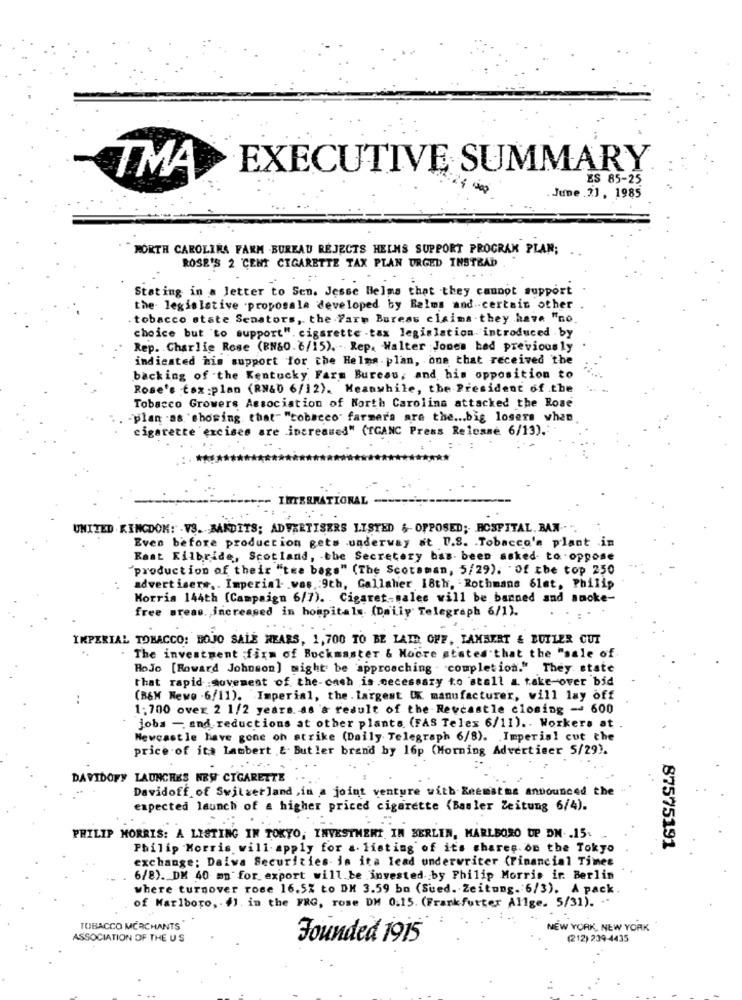
EXECUTIVE SUMMARY
TMA
ES 85-25
June .2.1 . 1985
NORTH CAROLINA FARM BUREAU REJECTS HELMS SUPPORT PROGRAM PLAN; ..
ROSE'S 2 CENT CIGARETTE TAX PLAN URGED INSTEAD
Stating in a letter to Sen. Jesse Helms that they cannot support
the legislative .proposala developed by Balms and certain other .
tobacco state Senators, the Pare Bureas claims . they have "no.
choice but to support". cigarette -tax legislation. introduced by
Rep. Charlie Rose (RN&0. 6/15). - Rep. Walter Jones bed previously
indicated his support for the Helma. plan, one that received the
backing of the Kentucky Farm Bureau, and his opposition to
Rose's fax :plan (RN&D 6/12). Meanwhile, the President of the
Tobacco Growers Association of North Carolina attacked the Rose
-plan .as "showing that" "tobacco farmers are the ... big losers when
cigarette excises are increases" (TGANC Press Release 6/13) ..
INTERNATIONAL
UNITED KINGDOM: - VS. BAKDITS; ADVERTISERS LISTED & OPPOSED; HOSPITAL. BAN ...
Even before production gets underway at U.S. . Tobacco's plant in
East Kilbride, Scotland, the Secretory has been asked to oppose
"production of their "tea bags" (The Scotsman, 5/29). Of the top 250
advertisers, . Imperial .was .: 9th, Gallaher 18th, Rothmans 61st, Philip
Morris 144th (Campaign 6/7). . Cigaret-sales will be banned and smoke-
free areas. increased in hospitals. (Daily Telegraph 6/1).
IMPERIAL TOBACCO: BOJO SALE HEARS, 1,700 TO BE LAID OFF, LAMBERT & BUTLER CUT
..
. The investment ;firm of Buckmaster & Moore states that the "sale of
HoJo [Howard Johnson] might be approaching - completion." They state
that rapid :movement of the-cash is .cecessary to stall a take-over bid
..
(B&W Newe - 6/11). Imperial, the . largest OK manufacturer, will lay off
1;700 over 2 1/2 years. as a result of the Revcastle closing - 600
jobs - and reductions at other plants (FAS Telex 6/11) .. Workers at
Newcastle have gone on strike (Daily Telegraph 6/8). . Imperial cut the
price of its lambert ,&. Butler brand by 16p (Morning Advertiser 5/29).
DAVIDOFY LAUNCHES NEW CIGARETTE
Davidoff of Switzerland ,in a joint venture with Enemathe announced the
expected launch of a higher priced cigarette (Basler Zeitung 6/4).
PHILIP MORRIS: A LISTING IN TOKYO, INVESTMENT IN BERLIN, MARLBORO UP DN -. 15.
Philip Morris will apply for a. listing of its shares. on the Tokyo
87575191
exchange: Daiwa Securities- is ita lead underwriter (Financial Times
6/8). DM 40 mn for export will be invested by Philip Morris ir Berlin
where turnover rose 16.5% to DM 3.59 ba (Sued. Zeitung. 6/3). A pack.
of Marlboro, - 1. in the FRG, rose DM 0.15. (Frankfurter Allge. 5/31). ..
TOBACCO MERCHANTS
NEW YORK, NEW YORK
ASSOCIATION OF THE US
Founded 1915
(212) 239-4435